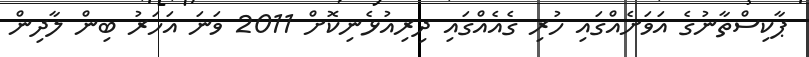
ޕާކިސްތާނުގެ އަވަށެއްގައި ހުރި ގެއެއްގައި ދިރިއުޅެނިކޮށް 2011 ވަނަ އަހަރު ބިން ލާދިން